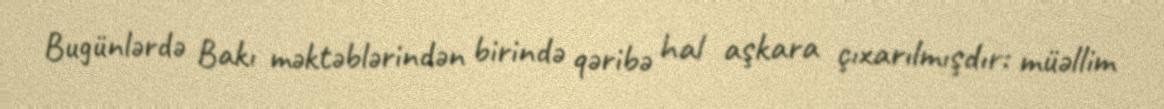
Bugünlərdə Bakı məktəblərindən birində qəribə hal aşkara çıxarılmışdır: müəllim